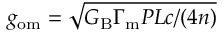
g _ { \mathrm { o m } } = \sqrt { G _ { \mathrm { B } } \Gamma _ { \mathrm { m } } P L c / ( 4 n ) }